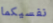
نفسيكما